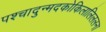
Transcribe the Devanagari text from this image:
पश्चादुन्मदकोकिलालिललना